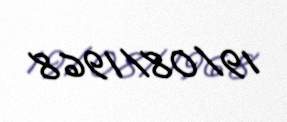
19/08/1968